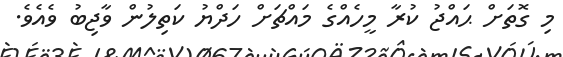
މި ގޮތަށް ޙައްޖު ކުރާ މީހެއްގެ މައްޗަށް ހަދްޔު ކަތިލުން ވާޖިބު ވެއެވެ.